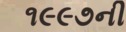
૧૯૯૭ની